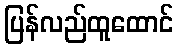
ပြန်လည်ထူထောင်